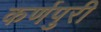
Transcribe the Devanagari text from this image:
कर्णपुरी